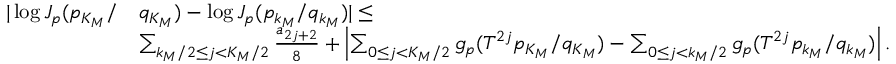
\begin{array} { r l } { | \log J _ { p } ( p _ { K _ { M } } / } & { q _ { K _ { M } } ) - \log J _ { p } ( p _ { k _ { M } } / q _ { k _ { M } } ) | \le } \\ & { \sum _ { k _ { M } / 2 \le j < K _ { M } / 2 } \frac { a _ { 2 j + 2 } } { 8 } + \left| \sum _ { 0 \le j < K _ { M } / 2 } g _ { p } ( T ^ { 2 j } p _ { K _ { M } } / q _ { K _ { M } } ) - \sum _ { 0 \le j < k _ { M } / 2 } g _ { p } ( T ^ { 2 j } p _ { k _ { M } } / q _ { k _ { M } } ) \right| . } \end{array}